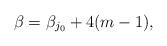
LaTeX: \begin{align*}\beta = \beta_{j_0} + 4(m-1),\end{align*}